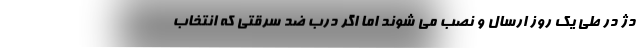
دژ در طی یک روز ارسال و نصب می شوند اما اگر درب ضد سرقتی که انتخاب